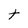
Character: t